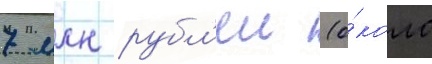
7 млн рубл'еи (о́коло